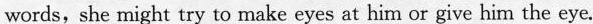
words, she might try to make eyes at him or give him the eye.